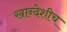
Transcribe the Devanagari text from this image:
खान्देशीच